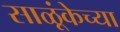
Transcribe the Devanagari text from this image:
साळूंकेच्या